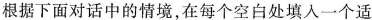
根据下面对话中的情境,在每个空白处填入一个适